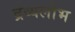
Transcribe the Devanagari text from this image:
द्रव्यलोभ